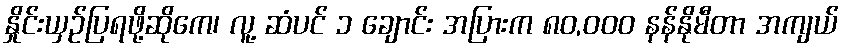
နှိုင်းယှဥ်ပြရဖို့ဆိုကေ၊ လူ့ ဆံပင် ၁ ချောင်း အပြားက ၈၀,၀၀၀ နန်နိုမီတာ အကျယ်